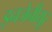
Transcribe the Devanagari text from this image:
इनजेनीयूर